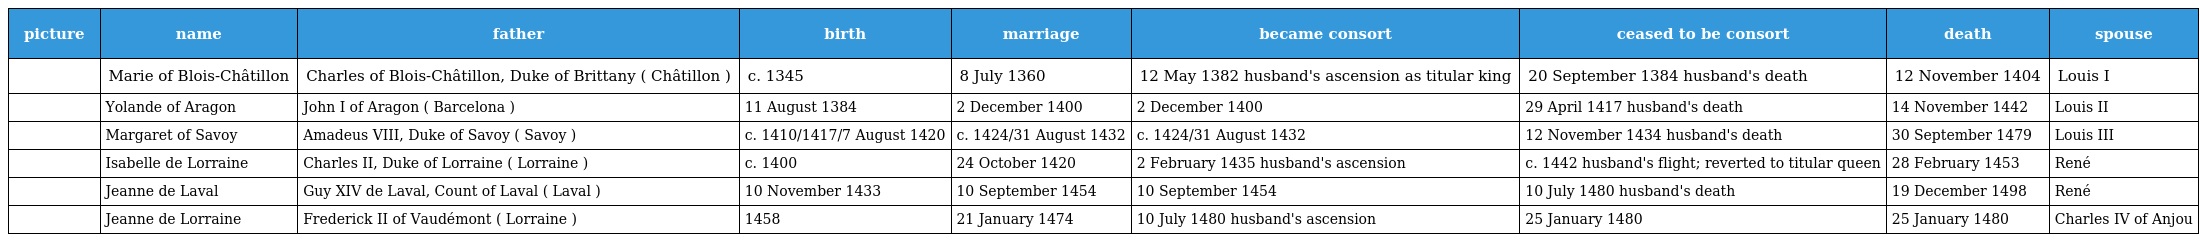
| picture | name | father | birth | marriage | became consort | ceased to be consort | death | spouse |
 | --- | --- | --- | --- | --- | --- | --- | --- | --- |
 |  | Marie of Blois-Châtillon | Charles of Blois-Châtillon, Duke of Brittany ( Châtillon ) | c. 1345 | 8 July 1360 | 12 May 1382 husband's ascension as titular king | 20 September 1384 husband's death | 12 November 1404 | Louis I |
 |  | Yolande of Aragon | John I of Aragon ( Barcelona ) | 11 August 1384 | 2 December 1400 | 2 December 1400 | 29 April 1417 husband's death | 14 November 1442 | Louis II |
 |  | Margaret of Savoy | Amadeus VIII, Duke of Savoy ( Savoy ) | c. 1410/1417/7 August 1420 | c. 1424/31 August 1432 | c. 1424/31 August 1432 | 12 November 1434 husband's death | 30 September 1479 | Louis III |
 |  | Isabelle de Lorraine | Charles II, Duke of Lorraine ( Lorraine ) | c. 1400 | 24 October 1420 | 2 February 1435 husband's ascension | c. 1442 husband's flight; reverted to titular queen | 28 February 1453 | René |
 |  | Jeanne de Laval | Guy XIV de Laval, Count of Laval ( Laval ) | 10 November 1433 | 10 September 1454 | 10 September 1454 | 10 July 1480 husband's death | 19 December 1498 | René |
 |  | Jeanne de Lorraine | Frederick II of Vaudémont ( Lorraine ) | 1458 | 21 January 1474 | 10 July 1480 husband's ascension | 25 January 1480 | 25 January 1480 | Charles IV of Anjou |